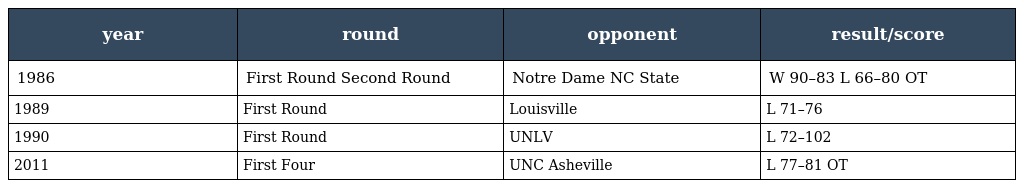
| year | round | opponent | result/score |
 | --- | --- | --- | --- |
 | 1986 | First Round Second Round | Notre Dame NC State | W 90–83 L 66–80 OT |
 | 1989 | First Round | Louisville | L 71–76 |
 | 1990 | First Round | UNLV | L 72–102 |
 | 2011 | First Four | UNC Asheville | L 77–81 OT |